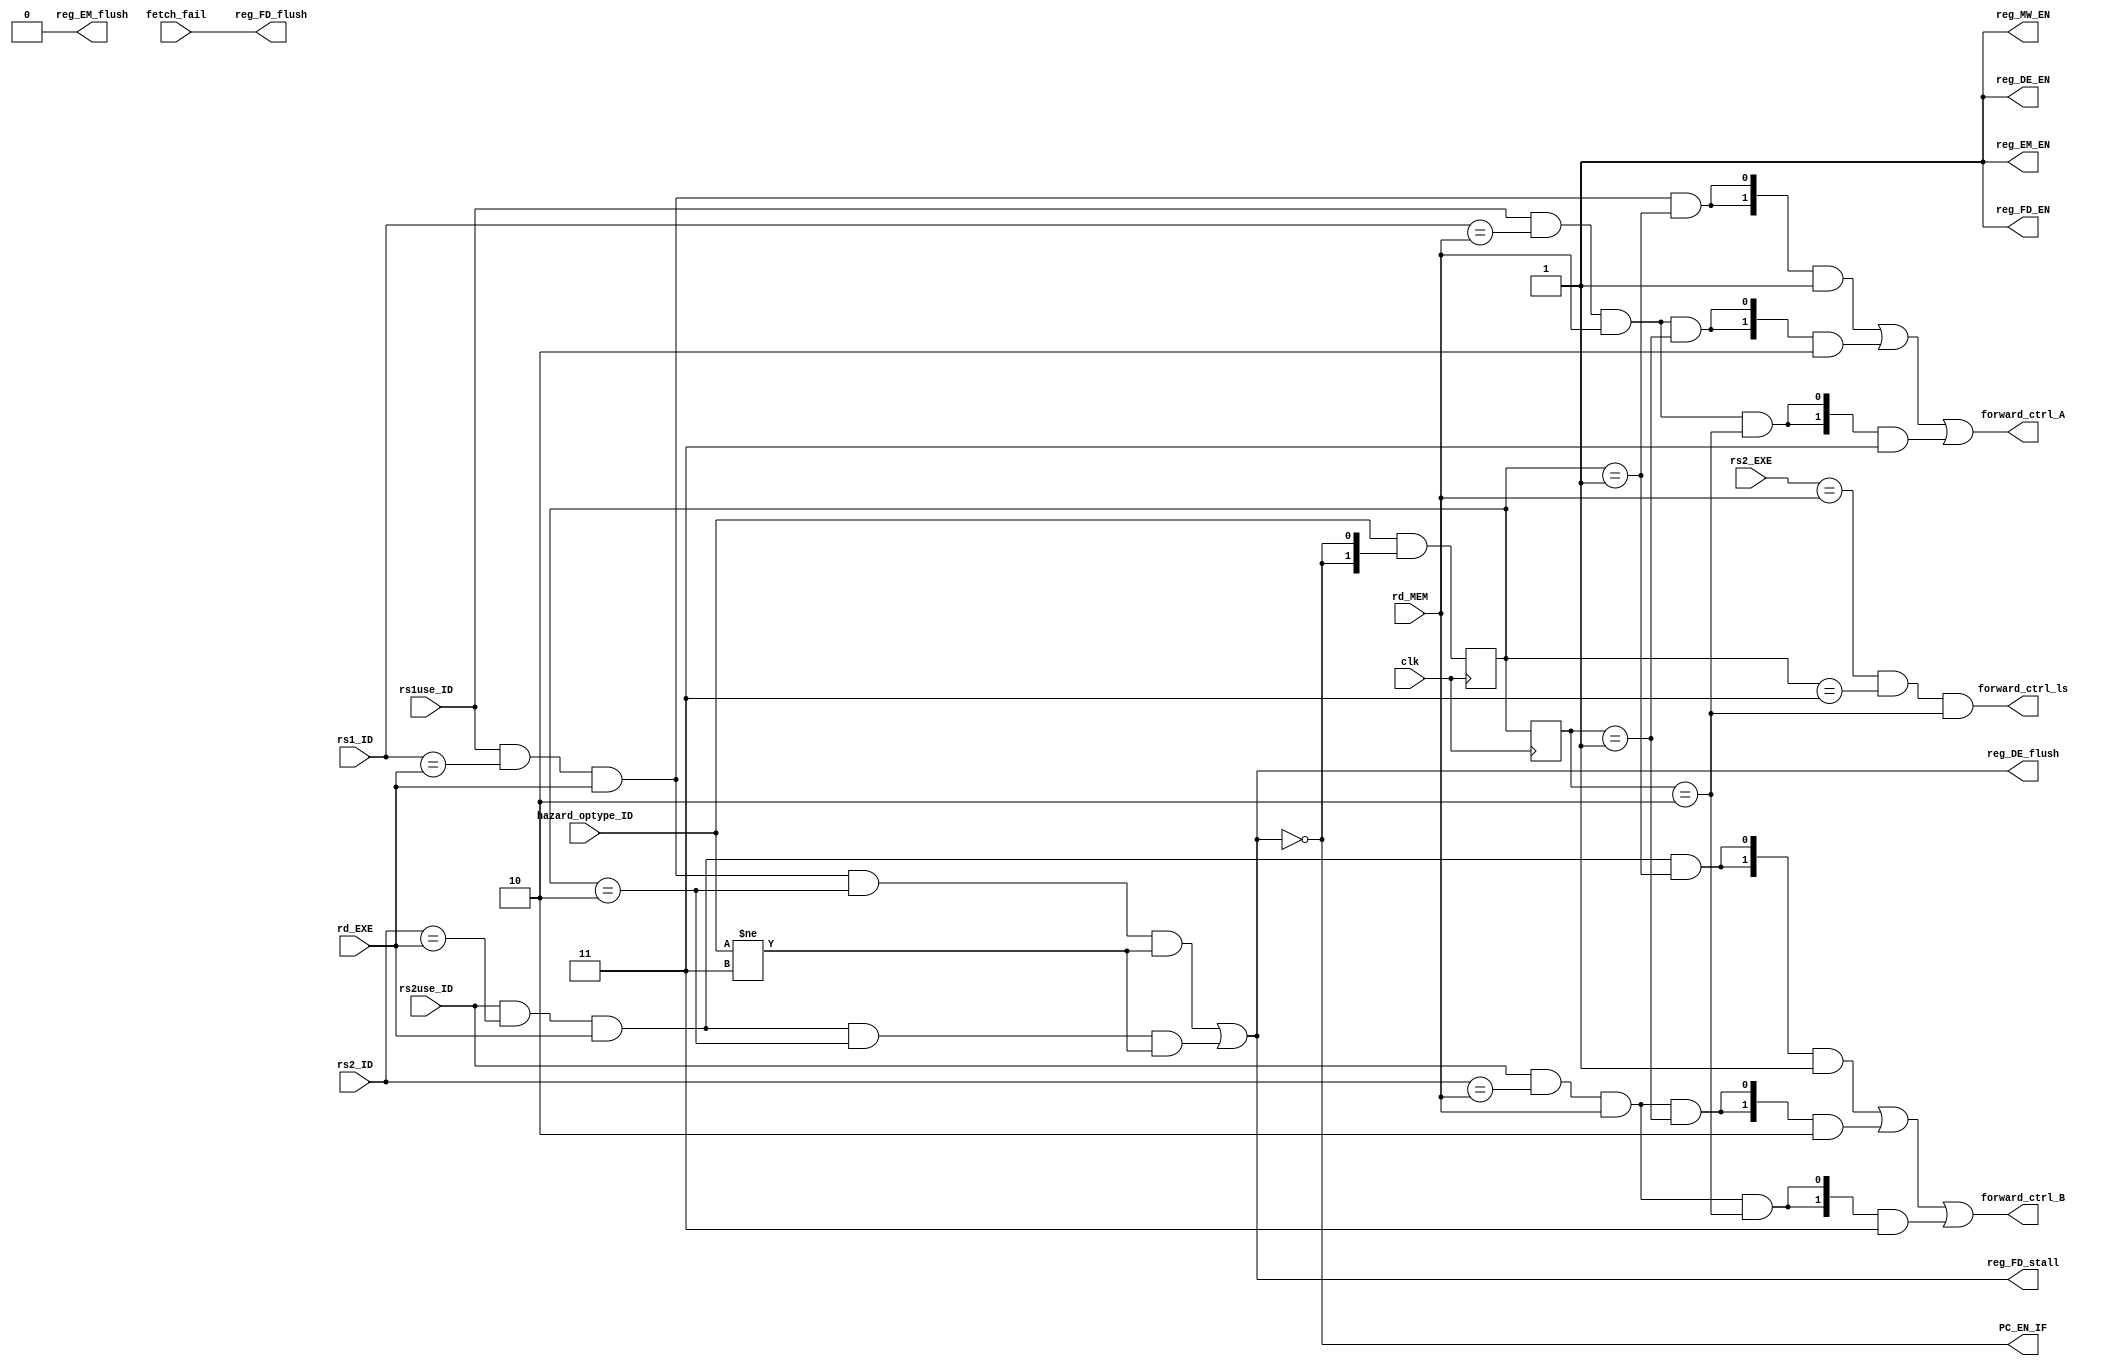
`timescale 1ps/1ps

module HazardDetectionUnit(
    input clk,
    input fetch_fail, rs1use_ID, rs2use_ID,
    input[1:0] hazard_optype_ID,
    input[4:0] rd_EXE, rd_MEM, rs1_ID, rs2_ID, rs2_EXE,
    output PC_EN_IF, reg_FD_EN, reg_FD_stall, reg_FD_flush,
        reg_DE_EN, reg_DE_flush, reg_EM_EN, reg_EM_flush, reg_MW_EN,
    output forward_ctrl_ls,
    output[1:0] forward_ctrl_A, forward_ctrl_B
);

    reg[1:0] hazard_optype_EXE, hazard_optype_MEM;
    always@(posedge clk) begin
        hazard_optype_MEM <= hazard_optype_EXE;
        hazard_optype_EXE <= hazard_optype_ID & {2{~reg_DE_flush}};
    end

    localparam hazard_optype_ALU = 2'd1;
    localparam hazard_optype_LOAD = 2'd2;
    localparam hazard_optype_STORE = 2'd3;

    wire rs1_forward_1     = rs1use_ID && rs1_ID == rd_EXE && rd_EXE && hazard_optype_EXE == hazard_optype_ALU;
    wire rs1_forward_stall = rs1use_ID && rs1_ID == rd_EXE && rd_EXE && hazard_optype_EXE == hazard_optype_LOAD
                             && hazard_optype_ID != hazard_optype_STORE;
    wire rs1_forward_2     = rs1use_ID && rs1_ID == rd_MEM && rd_MEM && hazard_optype_MEM == hazard_optype_ALU;
    wire rs1_forward_3     = rs1use_ID && rs1_ID == rd_MEM && rd_MEM && hazard_optype_MEM == hazard_optype_LOAD;

    wire rs2_forward_1     = rs2use_ID && rs2_ID == rd_EXE && rd_EXE && hazard_optype_EXE == hazard_optype_ALU;
    wire rs2_forward_stall = rs2use_ID && rs2_ID == rd_EXE && rd_EXE && hazard_optype_EXE == hazard_optype_LOAD
                             && hazard_optype_ID != hazard_optype_STORE;
    wire rs2_forward_2     = rs2use_ID && rs2_ID == rd_MEM && rd_MEM && hazard_optype_MEM == hazard_optype_ALU;
    wire rs2_forward_3     = rs2use_ID && rs2_ID == rd_MEM && rd_MEM && hazard_optype_MEM == hazard_optype_LOAD;

    wire load_stall = rs1_forward_stall | rs2_forward_stall;

    assign PC_EN_IF = ~load_stall;
    assign reg_FD_stall = load_stall;
    assign reg_FD_flush = fetch_fail;
    assign reg_DE_flush = load_stall;
    assign reg_FD_EN = 1'b1;
    assign reg_DE_EN = 1'b1;
    assign reg_EM_EN = 1'b1;
    assign reg_EM_flush = 1'b0;
    assign reg_MW_EN = 1'b1;

    assign forward_ctrl_A = {2{rs1_forward_1}} & 2'd1 |
                            {2{rs1_forward_2}} & 2'd2 |
                            {2{rs1_forward_3}} & 2'd3 ;

    assign forward_ctrl_B = {2{rs2_forward_1}} & 2'd1 |
                            {2{rs2_forward_2}} & 2'd2 |
                            {2{rs2_forward_3}} & 2'd3 ;

    assign forward_ctrl_ls = rs2_EXE == rd_MEM && hazard_optype_EXE == hazard_optype_STORE
                            && hazard_optype_MEM == hazard_optype_LOAD;


endmodule